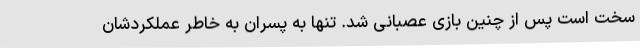
سخت است پس از چنین بازی عصبانی شد. تنها به پسران به خاطر عملکردشان